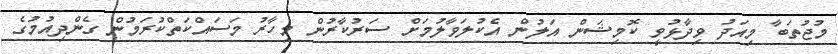
މުޖުތަބާ މިއަދު ވިދާޅުވީ ކޮމިޝަން އަލުން އެކުލަވާލުމަށް ސަރުކާރުން މިހާރު މަސައްކަތްކުރަމުން ގެންދިއުމުގެ